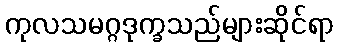
ကုလသမဂ္ဂဒုက္ခသည်များဆိုင်ရာ